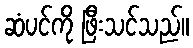
ဆံပင်ကို ဖြီးသင်သည်။